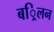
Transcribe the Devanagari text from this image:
बर्िलन